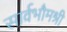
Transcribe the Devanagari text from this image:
सार्वभौमश्री